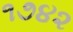
૧૭૪૨